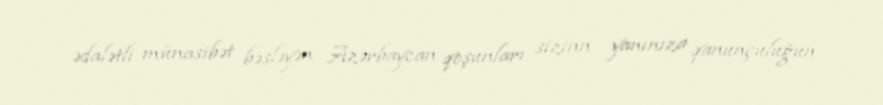
ədalətli münasibət bəsləyən Azərbaycan qoşunları sizinn yanınıza qanunçuluğun